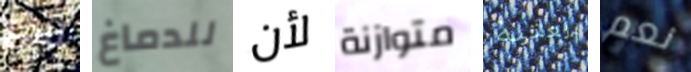
لندع للدماغ لأن متوازنة العتبة نعم